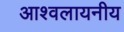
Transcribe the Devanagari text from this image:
आश्वलायनीय